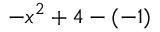
- x ^ { 2 } + 4 - ( - 1 )